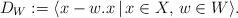
LaTeX: \begin{align*} D_W:=\langle x-w.x \, | \, x\in X, \, w\in W\rangle.\end{align*}